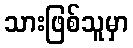
သားဖြစ်သူမှာ